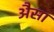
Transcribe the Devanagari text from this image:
अैसा